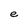
Character: e